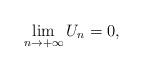
LaTeX: \begin{align*} \lim_{n\to +\infty} U_n =0, \end{align*}